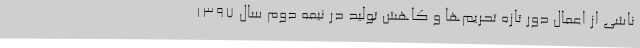
ناشی از اعمال دور تازه تحریم‌ها و کاهش تولید در نیمه دوم سال 1397